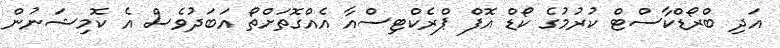
އަދި ބްރޯޑްކާސްޓް ކުރުމުގެ ކޯޑް އޮފް ޕްރެކްޓިސްއާ އެއްގޮތަށްތޯ އަބަދުވެސް އެ ކޮމިޝަނުން